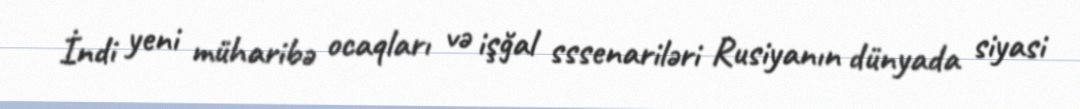
İndi yeni müharibə ocaqları və işğal sssenariləri Rusiyanın dünyada siyasi